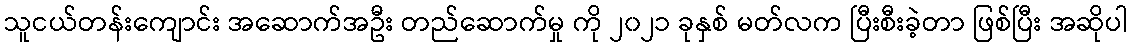
သူငယ်တန်းကျောင်း အဆောက်အဦး တည်ဆောက်မှု ကို ၂၀၂၁ ခုနှစ် မတ်လက ပြီးစီးခဲ့တာ ဖြစ်ပြီး အဆိုပါ